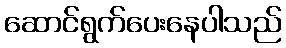
ဆောင်ရွက်ပေးနေပါသည်